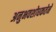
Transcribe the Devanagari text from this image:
अनुभवशोधकतेने